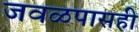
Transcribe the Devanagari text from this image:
जवळपासही